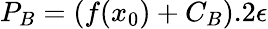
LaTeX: P_{B}=(f(x_{0})+C_{B}).2\epsilon